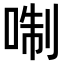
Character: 𠶜